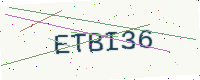
Text: ETBI36